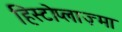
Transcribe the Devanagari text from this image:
हिस्टोप्लाज़्मा